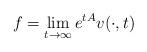
LaTeX: \begin{align*}f=\lim_{t\to\infty}e^{tA} v(\cdot,t)\end{align*}%\end{align*}